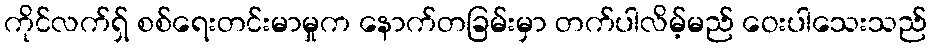
ကိုင်လက်ရှ် စစ်ရေးတင်းမာမှုက နောက်တခြမ်းမှာ တက်ပါလိမ့်မည် ဝေးပါသေးသည်